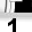
Digit: 1